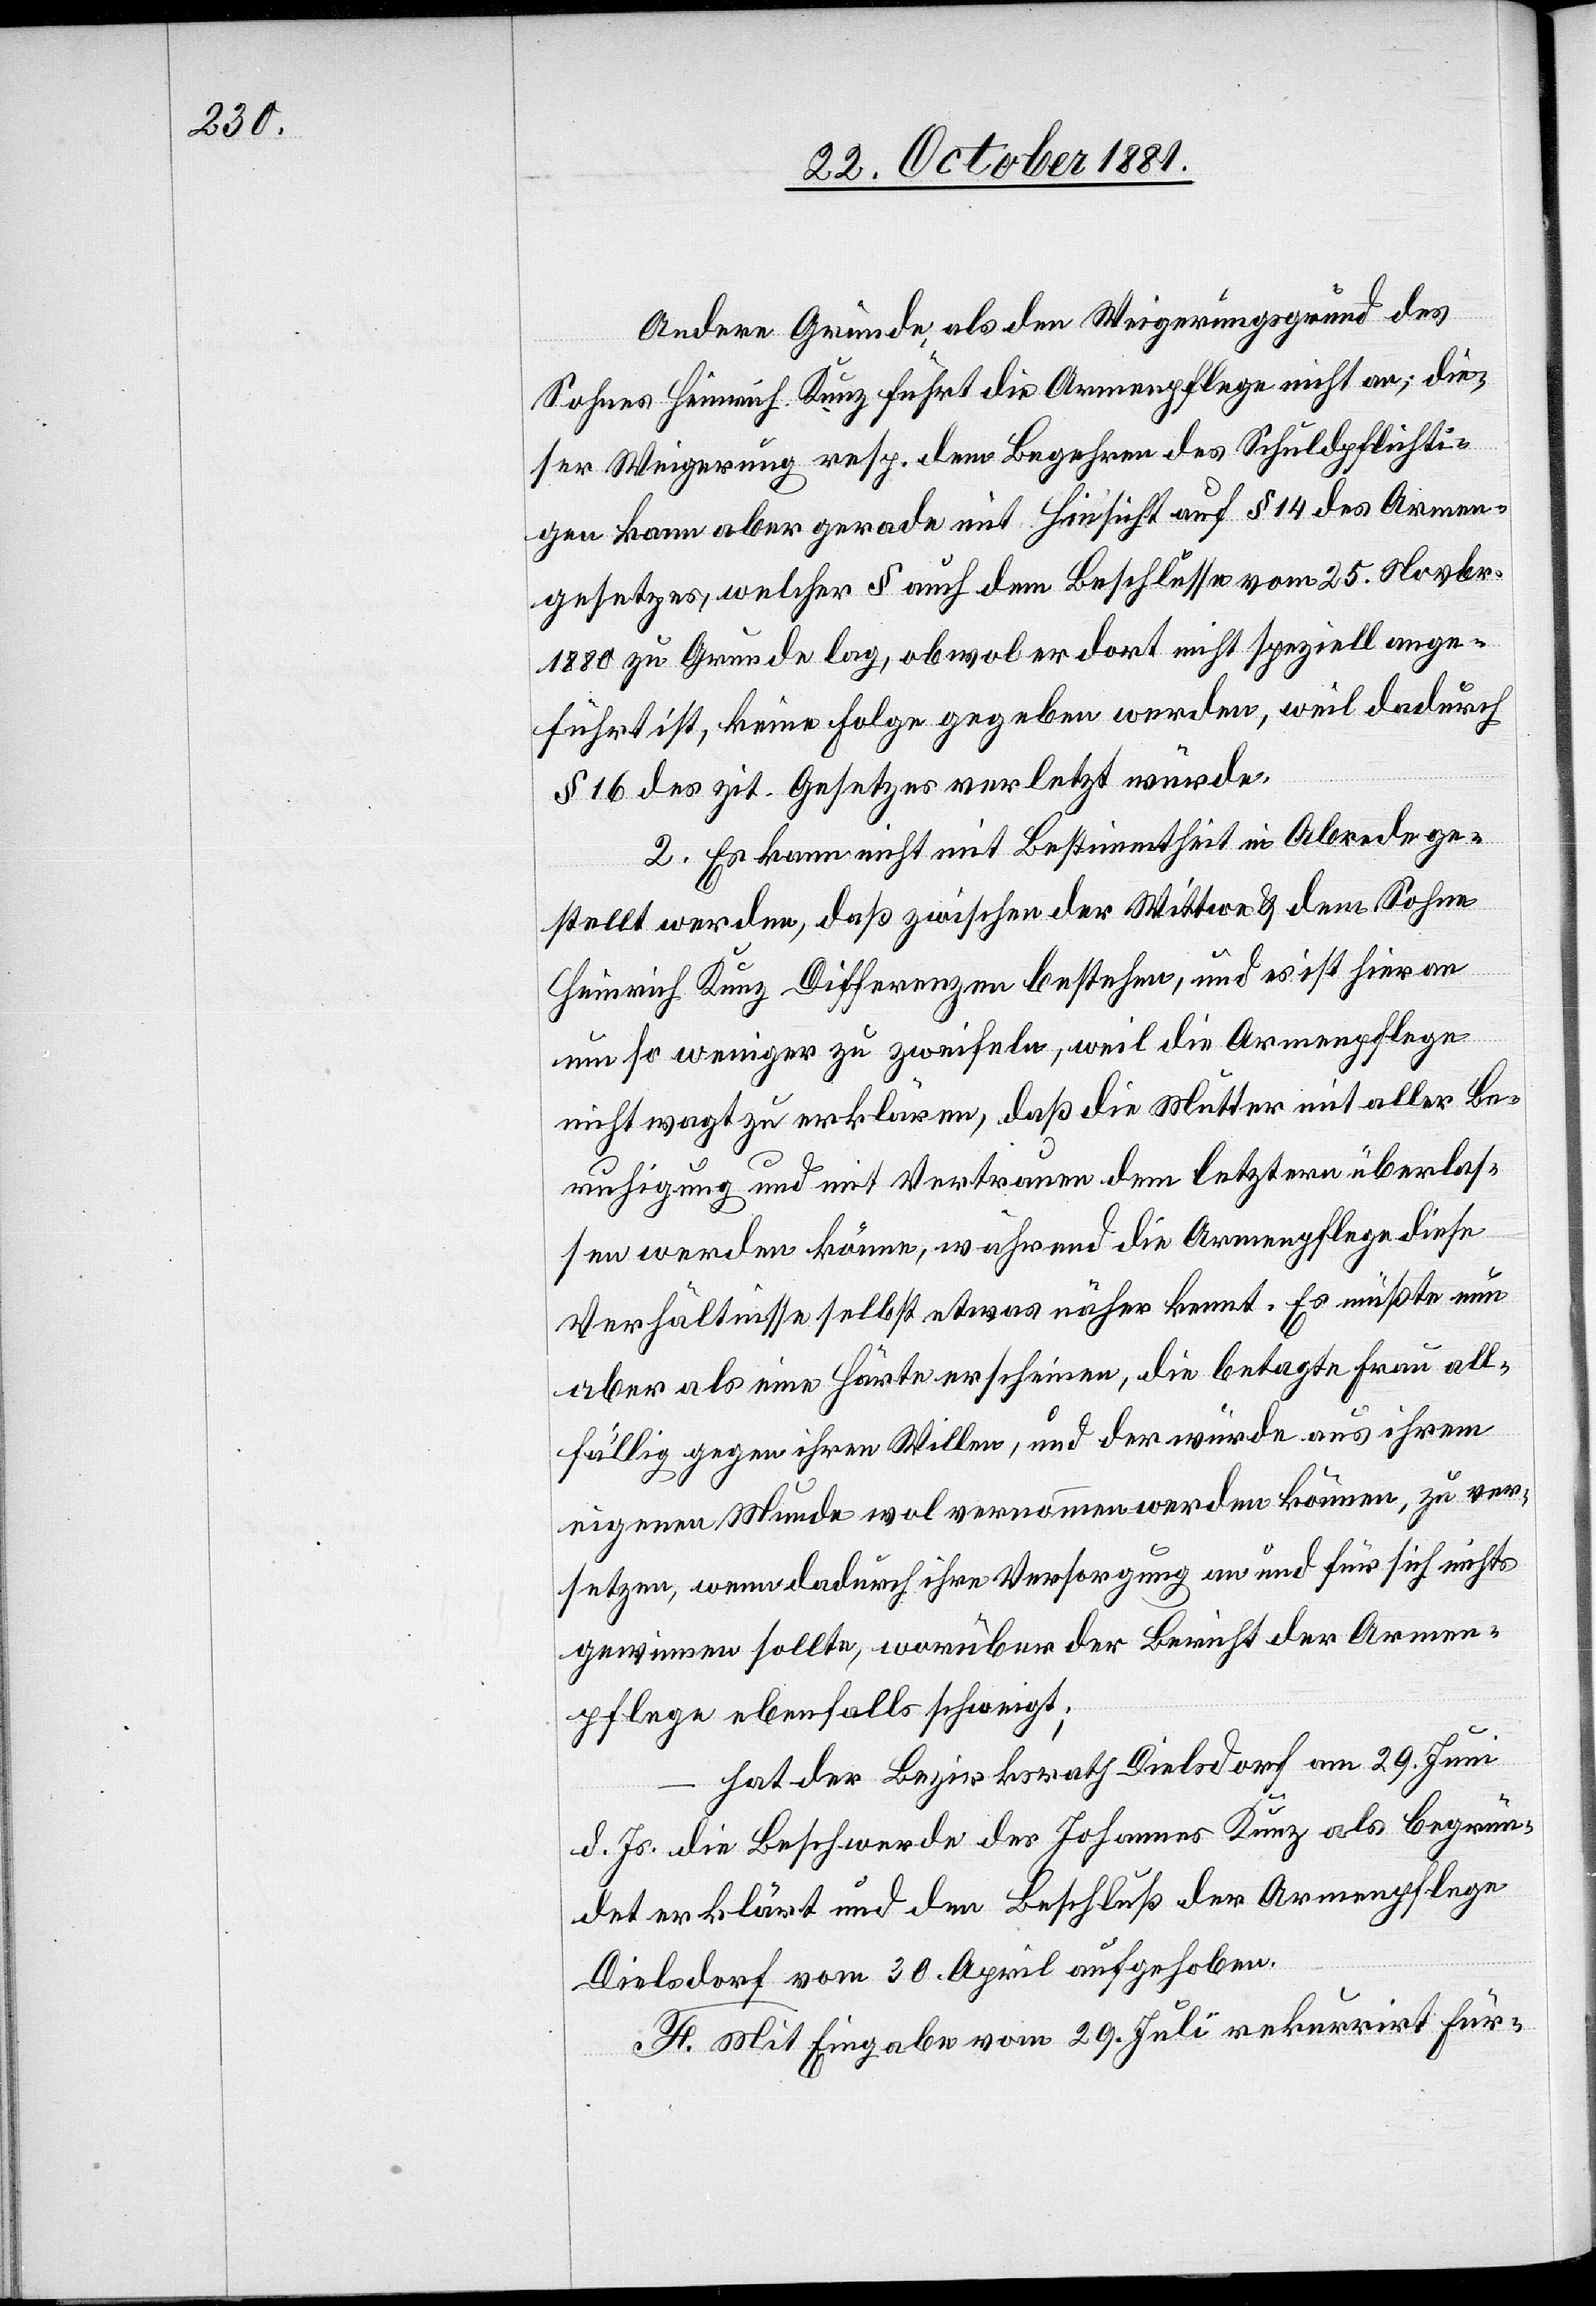
Andere Gründe als den Weigerungsgrund des
Sohnes Heinrich Kunz führt die Armenpflege nicht an; die¬
ser Weigerung resp. dem Begehren des Schuldpflichti¬
gen kann aber gerade mit Hinsicht auf § 14 des Armen¬
gesetzes, welcher § auch dem Beschlusse vom 25. Novber.
1880 zu Grunde lag, obwol er dort nicht speziell ange¬
führt ist, keine Folge gegeben werden, weil dadurch
§ 16 des zit. Gesetzes verletzt würde.
2. Es kann nicht mit Bestimmtheit in Abrede ge¬
stellt werden, daß zwischen der Wittwe & dem Sohne
Heinrich Kunz Differenzen bestehen, und es ist hieran
um so weniger zu zweifeln, weil die Armenpflege
nicht wagt zu erklären, daß die Mutter mit aller Be¬
ruhigung und mit Vertrauen dem letztern überlas¬
sen werden könne, während die Armenpflege diese
Verhältnisse selbst etwas näher kennt. Es müßte nun
aber als eine Härte erscheinen, die betagte Frau all¬
fällig gegen ihren Willen, und der würde aus ihrem
eigenen Munde wol vernommen werden können, zu ver¬
setzten, wenn dadurch ihre Versorgung an und für sich nichts
gewinnen sollte, worüber der Bericht der Armen¬
pflege ebenfalls schweigt;
hat der Bezirksrath Dielsdorf am 29. Juni
d. Js. die Beschwerde des Johannes Kunz als begrün¬
det erklärt und den Beschluß der Armenpflege
Dielsdorf vom 30. April aufgehoben.
F. Mit Eingabe vom 29. Juli rekurrirt Für-